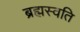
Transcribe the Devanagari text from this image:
ब्रह्मस्वति